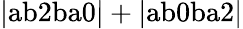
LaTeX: \mathrm{|ab2ba0|+|ab0ba2|}